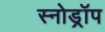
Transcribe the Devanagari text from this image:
स्नोड्रॉप